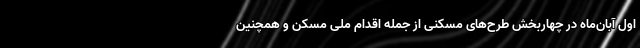
اول آبان‌ماه در چهاربخش طرح‌های مسکنی از جمله اقدام ملی مسکن و همچنین